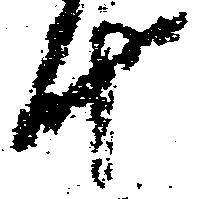
十